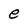
Character: e